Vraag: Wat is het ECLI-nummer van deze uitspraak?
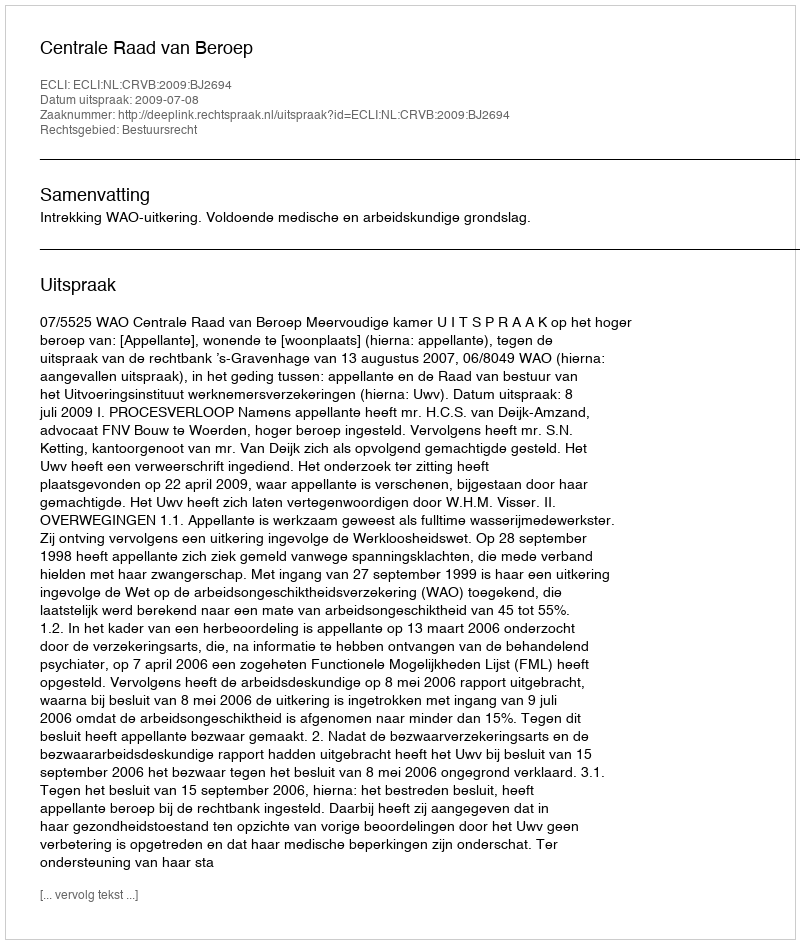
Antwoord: ECLI:NL:CRVB:2009:BJ2694